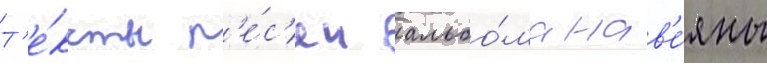
Т'е́ксты п'е́с'ен альбо́ма нав'е́яны